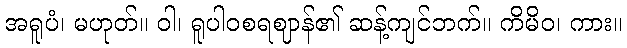
အရူပံ၊ မဟုတ်။ ဝါ၊ ရူပါဝစရဈာန်၏ ဆန့်ကျင်ဘက်။ ကိမိဝ၊ ကား။